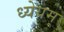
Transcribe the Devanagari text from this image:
ध्येयम्‌